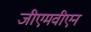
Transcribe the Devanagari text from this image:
जीएमवीएन